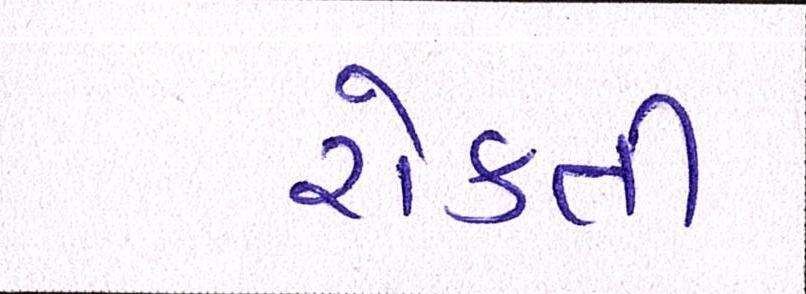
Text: રોકતી